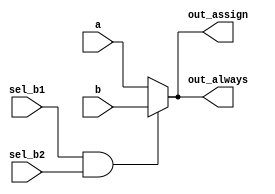
// synthesis verilog_input_version verilog_2001
module top_module(
    input a,
    input b,
    input sel_b1,
    input sel_b2,
    output wire out_assign,
    output reg out_always   ); 

     wire c = sel_b1 & sel_b2;
    // Method 1 Using Assign Statements
    assign out_assign = c ? b : a;
    
    // Method 2 Using Combinational Always Block
    always @ (*)
        begin
            if(c)
              out_always = b;
            else 
              out_always = a; 
        end
endmodule